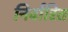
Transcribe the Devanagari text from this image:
निर्वारित